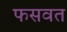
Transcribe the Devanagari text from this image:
फसवत